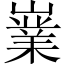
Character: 嶪